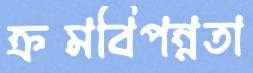
ক্রমবিপন্নতা